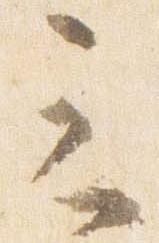
云